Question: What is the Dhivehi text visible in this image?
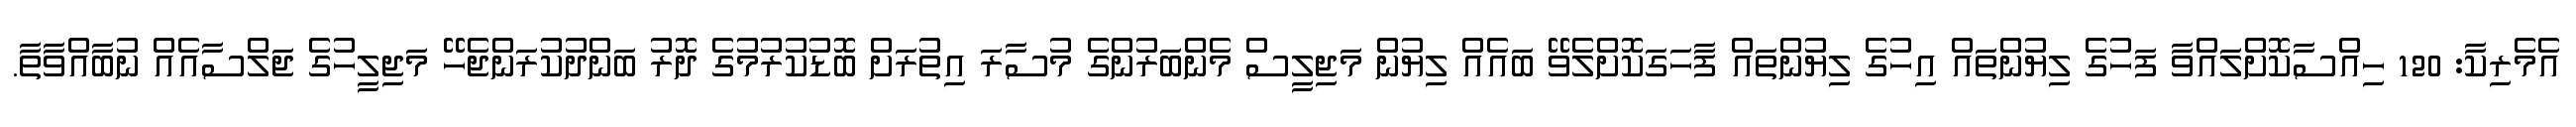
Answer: އެމެރިކާ: 120 ހިއްސާކޮށްލައްވާ ފަހުގެ ލިޔުންތައް އިހުގެ ލިޔުންތައް ފާހަގަކޮށްލެވޭ ބައެއް ލިޔުން މަޖިލީސް މެންބަރުންގެ މުސާރަ އިތުރަށް ބޮޑުކުރުމުގެ ދޮރު ބަންދުކުރަންޖެހޭ މަޖިލީހުގެ ޖަލްސާއެއް ނުބާއްވާތާ.